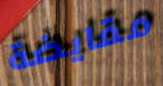
مقايضة